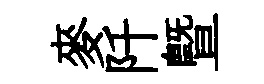
麥阡暨